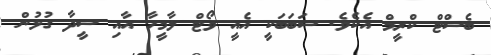
ބެސްޓް ކްރީމް އެކެވެ. ސަބަބަކީ އެއީ ވޯޓް ލާމީހާ އާއި ސީދާ ގުޅުން